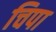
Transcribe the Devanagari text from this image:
चिपा